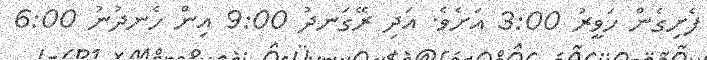
ފެށިގެން ހަވީރު 3:00 އަށެވެ. އަދި ރޭގަނދު 9:00 އިން ހެނދުނު 6:00